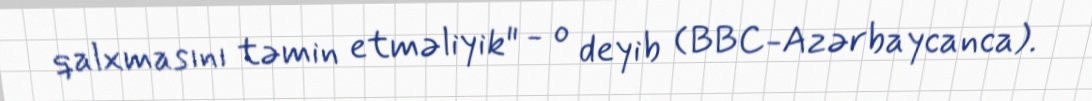
qalxmasını təmin etməliyik" - o deyib (BBC-Azərbaycanca).